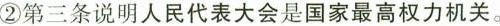
②第三条说明人民代表大会是国家最高权力机关。